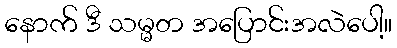
နောက် ဒီ သမ္မတ အပြောင်းအလဲပေါ့။